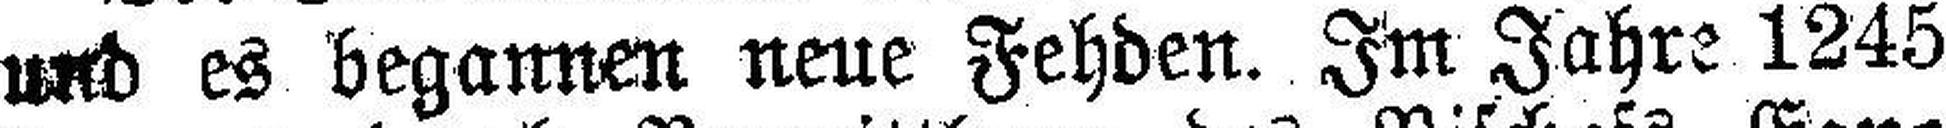
und es begannen neue Fehden. Im Jahre 1245